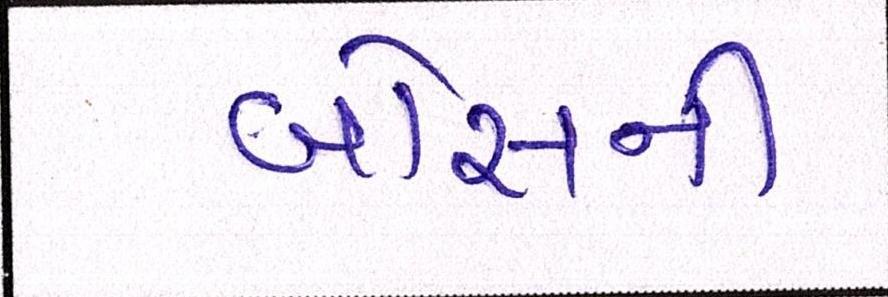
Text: બોસની